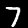
Digit: 7